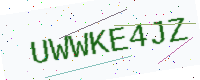
Text: UWWKE4JZ